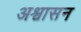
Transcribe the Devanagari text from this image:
अश्वासन